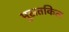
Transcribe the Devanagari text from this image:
मुसतकिल